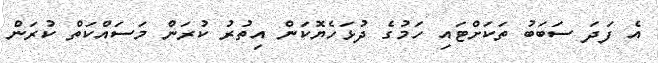
އެ ފަދަ ސަބަބު ތަކަށްޓައި ހަމުގެ ދުޅަހެޔޮކަން އިތުރު ކުރަން މަސައްކަތް ކުރަން